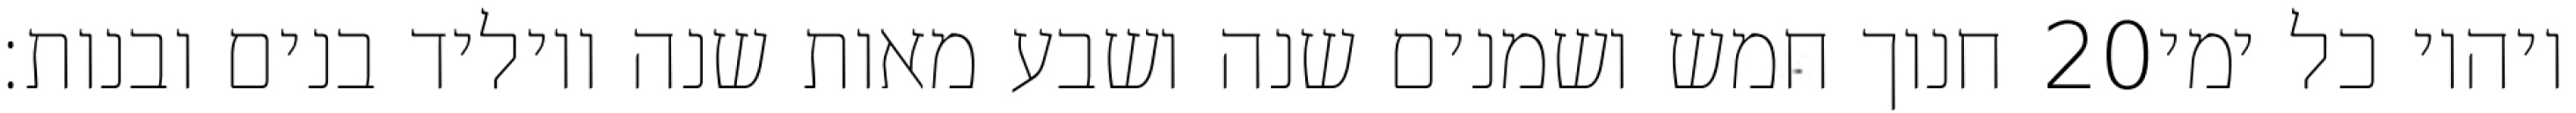
חנוך חמש ושמנים שנה ושבע מאות שנה ויוליד בנים ובנות׃ ‎20‏ ויהיו כל ימי